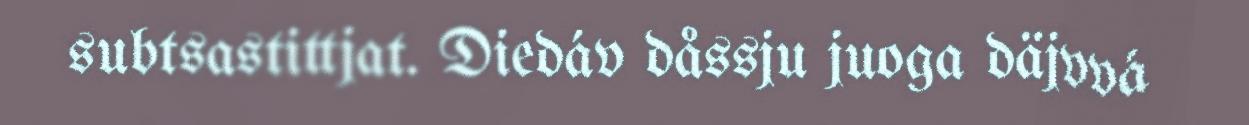
subtsastittjat. Diedáv dåssju juoga däjvvá